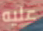
عليه